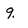
Character: 9